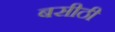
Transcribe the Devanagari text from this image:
बसीठी